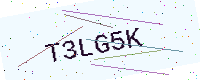
Text: T3LG5K